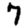
Digit: 7